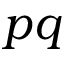
p q